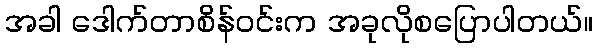
အခါ ဒေါက်တာစိန်ဝင်းက အခုလိုစပြောပါတယ်။